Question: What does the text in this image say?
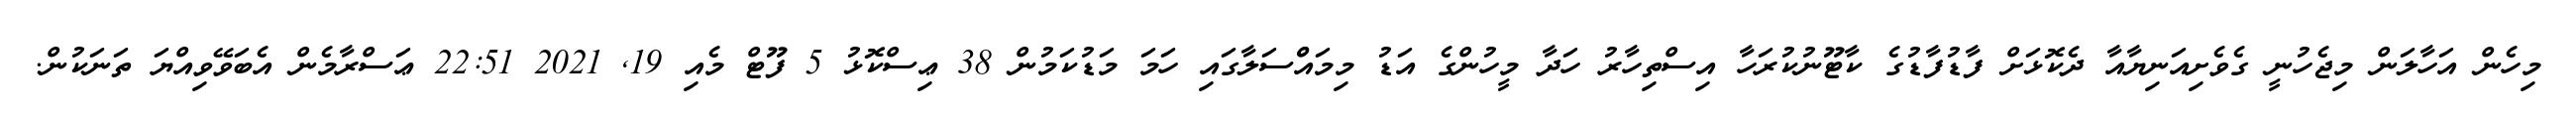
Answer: މިހެން އަހާލަން މިޖެހުނީ ގެވެށިއަނިޔާއާ ދެކޮޅަށް ފާޑުފާޑުގެ ކާޓޫނުކުރަހާ އިސްތިހާރު ހަދާ މީހުންގެ އަޑު މިމައްްސަލާގައި ހަމަ މަޑުކަމުން 38 ޢިސްކޮޅު 5 ފޫޓް މެއި 19, 2021 22:51 ޢަސްރާމެން އެބަވޭވިއްޔަ ތަނަކުން.